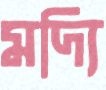
মদ্যি